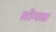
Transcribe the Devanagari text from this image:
सोमन्ना